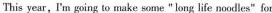
This year, I'm going to make some " long life noodles"for